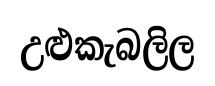
උළුකැබලිල